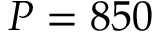
P = 8 5 0